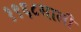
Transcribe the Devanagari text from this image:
१९६८साली